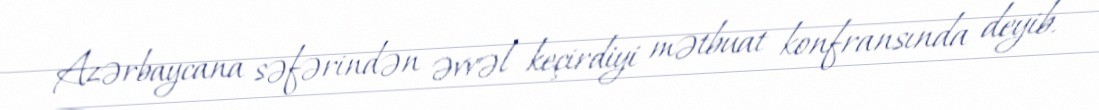
Azərbaycana səfərindən əvvəl keçirdiyi mətbuat konfransında deyib.